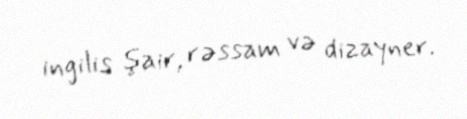
ingilis şair, rəssam və dizayner.